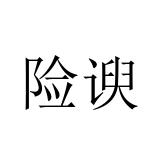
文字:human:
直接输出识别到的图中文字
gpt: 险谀